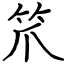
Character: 笊